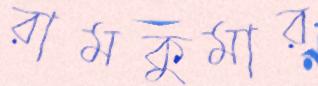
রামকুমার